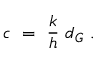
c \ = \ { \frac { k } { h } } \ d _ { G } \ .